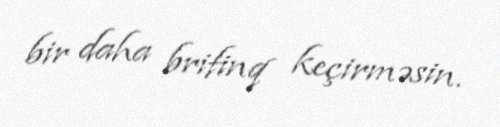
bir daha brifinq keçirməsin.